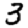
Digit: 3